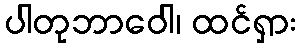
ပါတုဘာဝေါ၊ ထင်ရှား